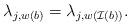
LaTeX: \begin{align*}\lambda_{j,w(b)} = \lambda_{j,w(\mathcal{I}(b))}.\end{align*}